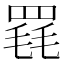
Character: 𦋋